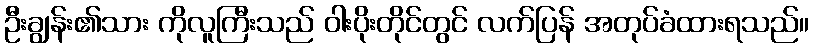
ဦးချွန်း၏သား ကိုလူကြီးသည် ဝါးပိုးတိုင်တွင် လက်ပြန် အတုပ်ခံထားရသည်။